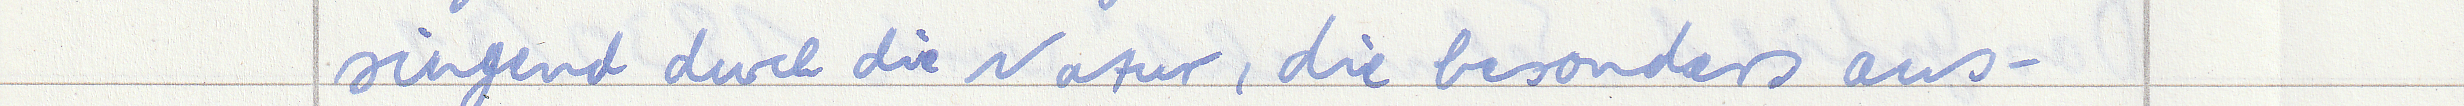
singend durch die Natur, die besonders aus -